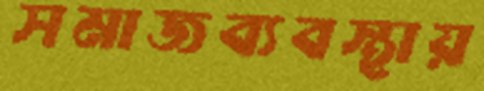
সমাজব্যবস্থায়